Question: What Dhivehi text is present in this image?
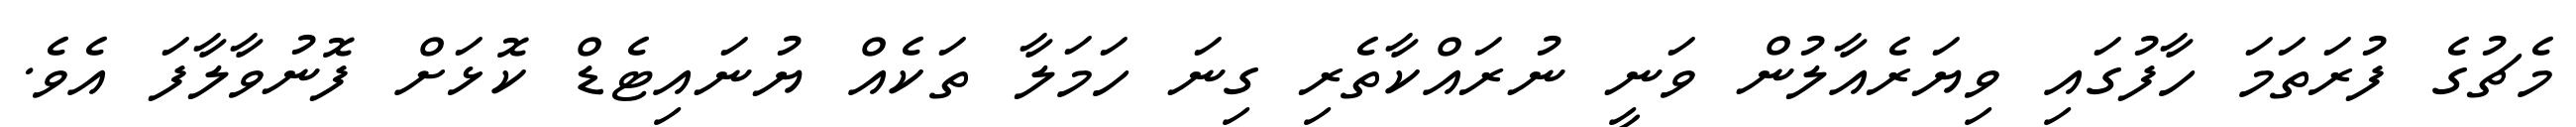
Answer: މެޗުގެ ފުރަތަމަ ހާފުގައި ވިޔަރެއާލުން ވަނީ ނުރައްކާތެރި ގިނަ ހަމަލާ ތަކެއް ޔުނައިޓެޑް ކޮޅަށް ފޮނުވާލާފަ އެވެ.